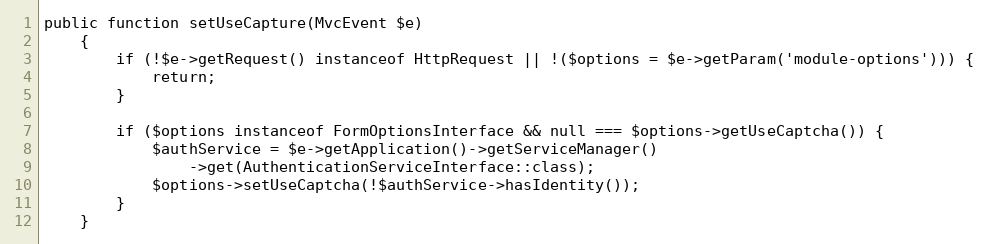
Language: PHP
public function setUseCapture(MvcEvent $e)
    {
        if (!$e->getRequest() instanceof HttpRequest || !($options = $e->getParam('module-options'))) {
            return;
        }

        if ($options instanceof FormOptionsInterface && null === $options->getUseCaptcha()) {
            $authService = $e->getApplication()->getServiceManager()
                ->get(AuthenticationServiceInterface::class);
            $options->setUseCaptcha(!$authService->hasIdentity());
        }
    }